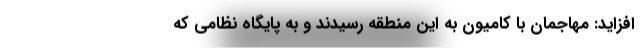
افزاید: مهاجمان با کامیون به این منطقه رسیدند و به پایگاه نظامی که